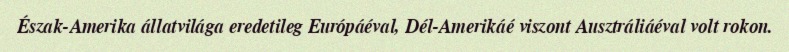
Észak-Amerika állatvilága eredetileg Európáéval, Dél-Amerikáé viszont Ausztráliáéval volt rokon.